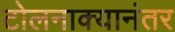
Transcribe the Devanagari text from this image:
टोलनाक्यानंतर